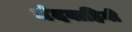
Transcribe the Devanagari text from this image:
मंदवाहिनी